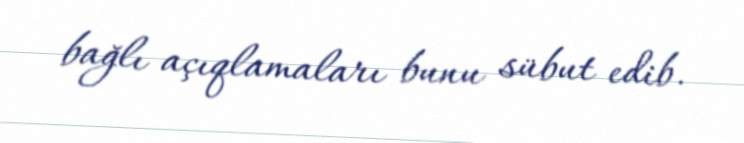
bağlı açıqlamaları bunu sübut edib.